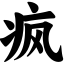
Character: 疯